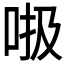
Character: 𠳖